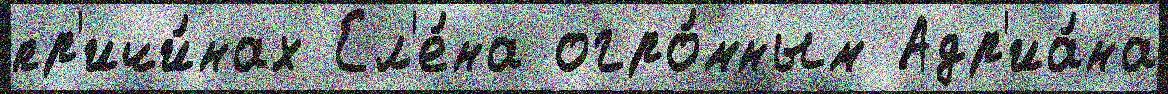
пр'ичи́нах Ел'е́на огро́мным Адр'иа́на